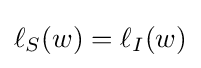
\ell _{S}(w)=\ell _{I}(w)